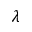
\lambda